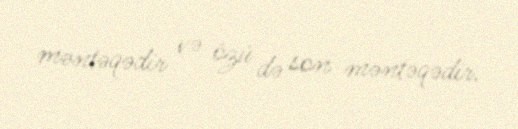
məntəqədir və özü də son məntəqədir.